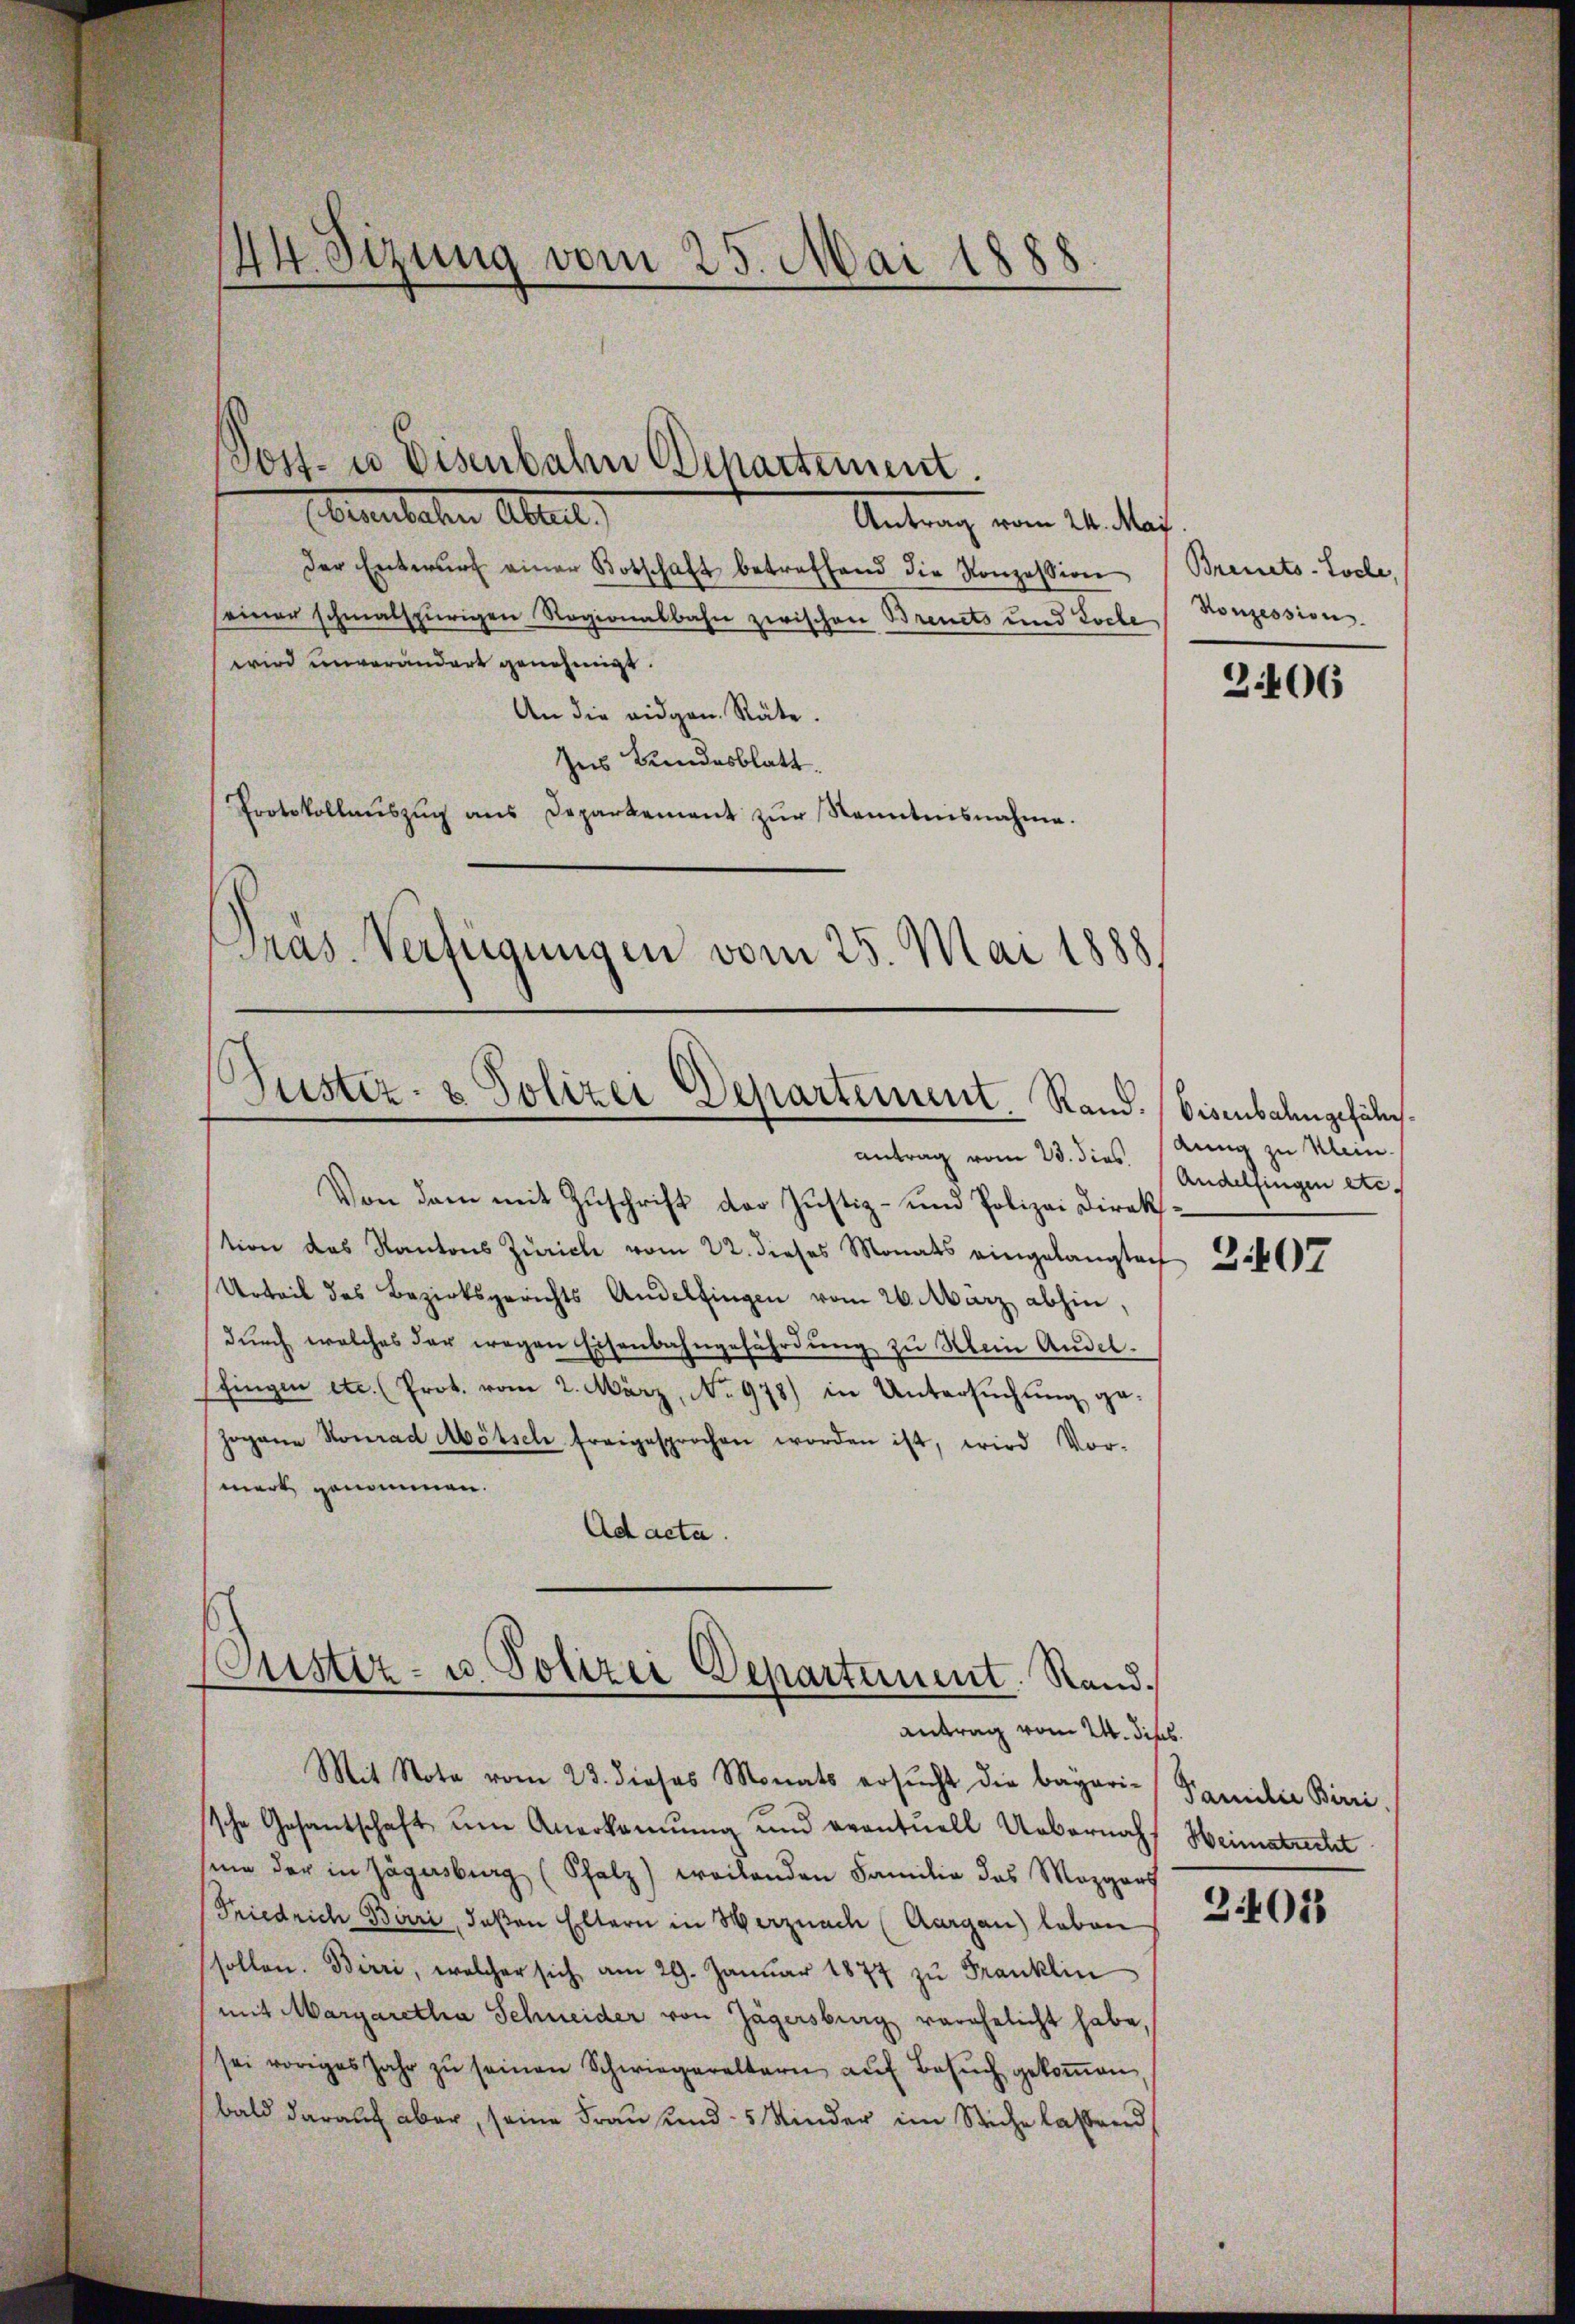
Eberhalten Alter,
Antrag vom 24. ds.
der Entwŭrf einer Botschaft betreffend die Konzession (Breuets-Loche,
seiner schmalspurigen Regionalbahn zwischen Brents und Loche Konzessions
wird unverändert genehmigt.
An die eidgen. Räte.
Ins Bundesblatt.
Protokollaŭszŭg ans Departement zŭr Kenntnisnahme.
Pras. Verfügungen vom 25. Mai 1888
Puster- & Polizei Departement. Rand. Eisenbahngefäl¬

44. Sizung vom 25. Mai 1888
.
.

Sost- u Eisenbahn Departement.

Von dem mit Zuschrift der Justiz- und Polizei Direktion des Kantons Zürich vom 22. dieses Monats eingelangtach
Urteil des Bezirksgerichts Andelfingen vom 26. März abhin,
durch welches der wegen Eisenbahngefährdung zu Mein Andel¬
(fingen etc. (Prot. vom 2. März, No. 978) in Untersuchung ge
Jogane Konrad Mötsch freigesprochen worden ist, wird Vor-
mert genommen.
Ad acta.
Mit Note vom 23. dieses Monats ersŭcht die bayeri-Familie Birri
sche Gesantschaft um Anerkennung und eventuell Uebernach Heimstrecht
sen der in Jägersburg (Schatz) weilenden Familie das Mezgerf
Friedrich Birri, daßen Eltern in Werznach (Aargau) leben 18
sollen. Birri, welcher sich am 29. Januar 1874 zŭ Franklin
mit Margaretha Schneider von Jägersburg verehelicht habe,
sei voriges Jahr zu seinen Schwiegereltern auf Besuch gekoṁen,
bald darauf aber, seine Frau und 5 Kinder im Stiche lassend

ustiz- u. Polizei Departement. Rand¬
Antrag vom 24. dies

antrag vom 23. dies. (Andelfingen etc.

2406

dung zu Klein.

2407